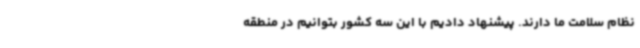
نظام سلامت ما دارند. پیشنهاد دادیم با این سه کشور بتوانیم در منطقه